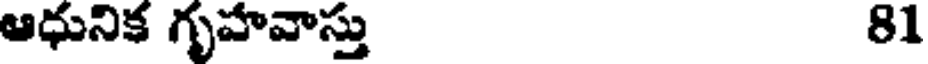
ఆధునిక గృహవాస్తు 81